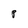
Character: P